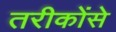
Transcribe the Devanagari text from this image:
तरीकोंसे